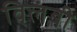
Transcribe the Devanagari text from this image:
विलंबी